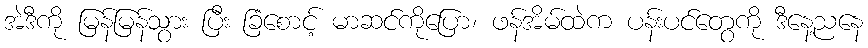
အဲဒီကို မြန်မြန်သွား ပြီး ခြံစောင့် မာဆင်ကိုပြော၊ ဖန်အိမ်ထဲက ပန်းပင်တွေကို ဒီနေ့ညနေ